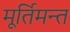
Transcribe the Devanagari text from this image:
मूर्तिमन्त